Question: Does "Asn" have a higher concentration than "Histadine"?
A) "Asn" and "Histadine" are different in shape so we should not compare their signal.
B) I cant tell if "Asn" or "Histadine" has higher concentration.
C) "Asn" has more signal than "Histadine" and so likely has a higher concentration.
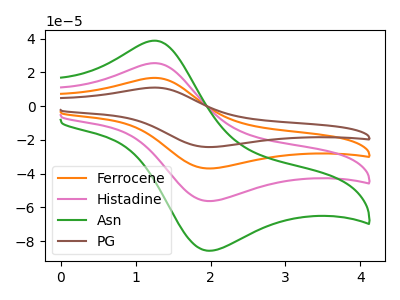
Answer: <think>The orange curve "Ferrocene" has an anodic peak at (1.25V, 50.85uA) and a cathodic peak at (1.95V, -112.30uA). The pink curve "Histadine" has an anodic peak at (1.25V, 25.45uA) and a cathodic peak at (1.95V, -56.15uA). The green curve "Asn" has an anodic peak at (1.25V, 38.75uA) and a cathodic peak at (1.95V, -85.55uA). The brown curve "PG" has an anodic peak at (1.25V, 76.30uA) and a cathodic peak at (1.95V, -168.50uA).
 All the peaks in "Asn" have a peak in "Histadine" at the same potential. Every peak in "Asn" is higher than every peak in "Histadine".</think>
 <answer>C) "Asn" has more signal than "Histadine" and so likely has a higher concentration.</answer>
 <eval>C</eval>